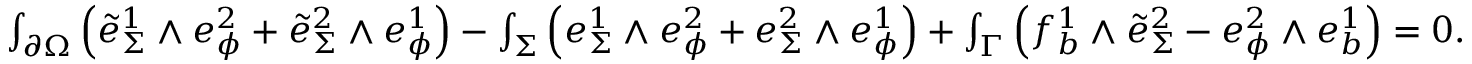
\begin{array} { r } { \int _ { \partial \Omega } \Big ( \tilde { e } _ { \Sigma } ^ { 1 } \wedge e _ { \phi } ^ { 2 } + \tilde { e } _ { \Sigma } ^ { 2 } \wedge e _ { \phi } ^ { 1 } \Big ) - \int _ { \Sigma } \Big ( e _ { \Sigma } ^ { 1 } \wedge e _ { \phi } ^ { 2 } + e _ { \Sigma } ^ { 2 } \wedge e _ { \phi } ^ { 1 } \Big ) + \int _ { \Gamma } \Big ( f _ { b } ^ { 1 } \wedge \tilde { e } _ { \Sigma } ^ { 2 } - e _ { \phi } ^ { 2 } \wedge e _ { b } ^ { 1 } \Big ) = 0 . } \end{array}